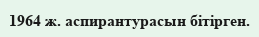
1964 ж. аспирантурасын бітірген.